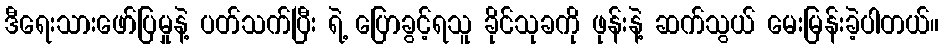
ဒီရေးသားဖော်ပြမှုနဲ့ ပတ်သက်ပြီး ရဲ့ ပြောခွင့်ရသူ ခိုင်သုခကို ဖုန်းနဲ့ ဆက်သွယ် မေးမြန်းခဲ့ပါတယ်။